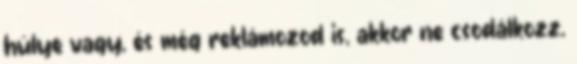
hülye vagy, és még reklámozod is, akkor ne csodálkozz,